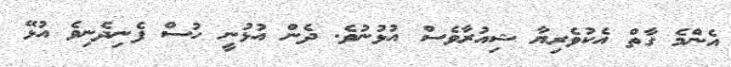
އެންމެ ގާތް އެކުވެރިޔާ ޝިއުރާވެސް އުޅުނުވެ. ދެން އުޅުނީ ހުސް ފެނިދެނިވެ އުޅޭ